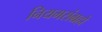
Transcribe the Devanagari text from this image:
नियमसंग्रहो